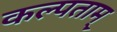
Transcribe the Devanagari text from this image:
कल्पताम्